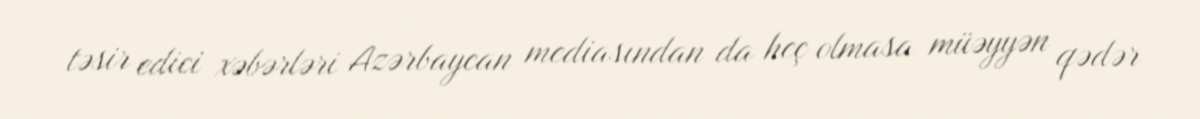
təsir edici xəbərləri Azərbaycan mediasından da heç olmasa müəyyən qədər